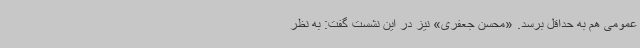
عمومی هم به حداقل برسد. «محسن جعفری» نیز در این نشست گفت: به نظر